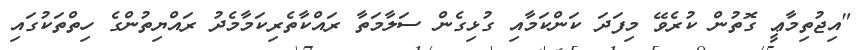
"އިޖުތިމާޢީ ގޮތުން ކުރެވޭ މިފަދަ ކަންކަމާއި ގުޅިގެން ސަލާމަތާ ރައްކާތެރިކަމާމެދު ރައްޔިތުންގެ ހިތްތަކުގައި